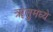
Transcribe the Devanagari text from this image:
ॠतुमध्ये